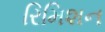
રિમિશન